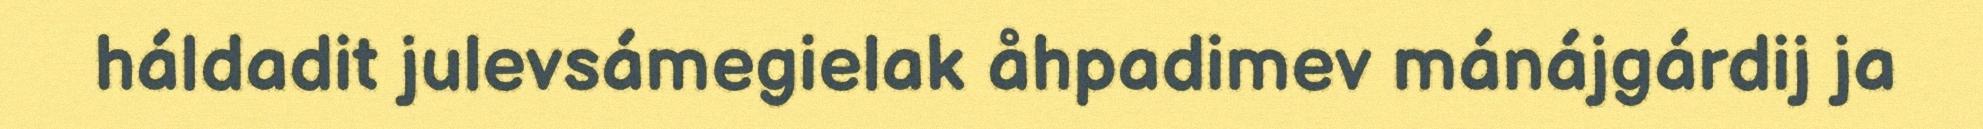
háldadit julevsámegielak åhpadimev mánájgárdij ja